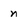
Character: n